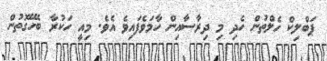
ޕަބްލިކް ހެލްތުން ހެދި މި ދިރާސާއިން ހާމަވެފައިވެ އެވެ. މިއީ ހަކުރާ ބެހޭގޮތުން